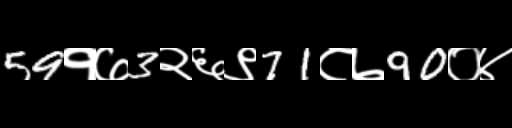
Text: 59१७3२६९71८७90०४